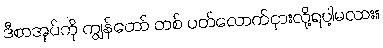
ဒီစာအုပ်ကို ကျွန်တော် တစ် ပတ်လောက်ငှားလို့ရပါ့မလား။